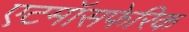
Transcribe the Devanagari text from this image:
एटमॉसफेरिक